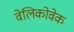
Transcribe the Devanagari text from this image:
वेलिकोवेक